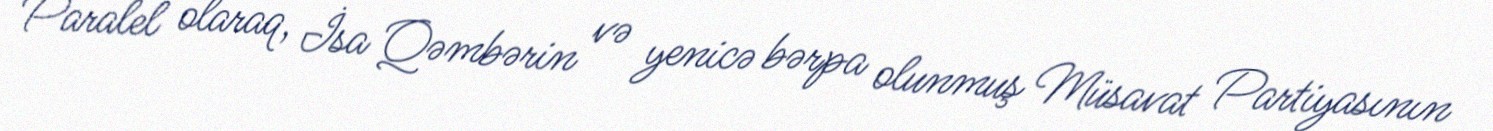
Paralel olaraq, İsa Qəmbərin və yenicə bərpa olunmuş Müsavat Partiyasının